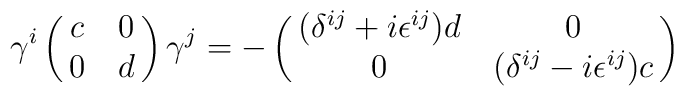
\gamma^i \left(\matrix{c&0\cr 0&d}\right) \gamma^j =-\left(\matrix{(\delta^{ij}+i\epsilon^{ij}) d &0\cr 0& (\delta^{ij}-i\epsilon^{ij}) c}\right)